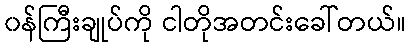
၀န်ကြီးချုပ်ကို ငါတိုအတင်းခေါ်တယ်။